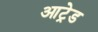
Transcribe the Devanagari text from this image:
आट्रेड